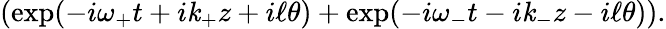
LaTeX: \left(\exp(-i\omega_{+}t+i\mathit{k}_{+}z+i\ell\theta)+\exp(-i\omega_{-}t-i\mathit{k}_{-}z-i\ell\theta)\right).